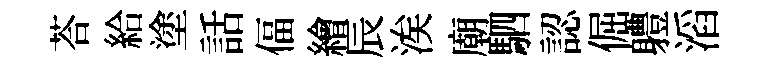
荅給塗話偪繪辰涘廟駟認倔軆滔